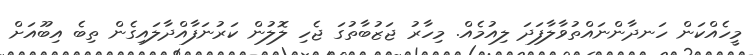
މީހެއްކަން ހަނދާންނައްތުވާލާފަދަ ލިއުމެއް. މިހާރު ޖަޒުބާތުގަ ޖެހި ލޮލުން ކަރުނަފާއްދާލައިގެން ތިބެ އިބޫއަށް